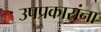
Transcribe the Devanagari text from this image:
उपप्रकारांना